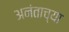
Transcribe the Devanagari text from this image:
अनंताच्या